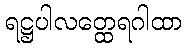
ရဋ္ဌပါလတ္ထေရဂါထာ